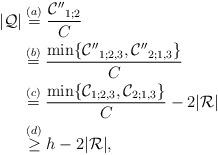
LaTeX: \begin{align*}|\mathcal{Q}|&\stackrel{(a)}{=}\frac{\mathcal{C''}_{1;2}}{C}\\&\stackrel{(b)}{=}\frac{\min\{\mathcal{C''}_{1;2,3},\mathcal{C''}_{2;1,3}\}}{C}\\&\stackrel{(c)}{=}\frac{\min\{\mathcal{C}_{1;2,3},\mathcal{C}_{2;1,3}\}}{C}-2|\mathcal{R}|\\&\stackrel{(d)}{\geq}{h}-2|\mathcal{R}|,\end{align*}